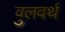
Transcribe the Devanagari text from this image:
वुलवर्थ